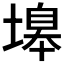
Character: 𡏻